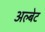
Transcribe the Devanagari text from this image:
अल्बेट